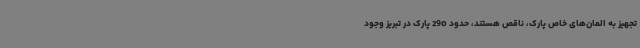
تجهیز به المان‌های خاص پارک، ناقص هستند، حدود 290 پارک در تبریز وجود